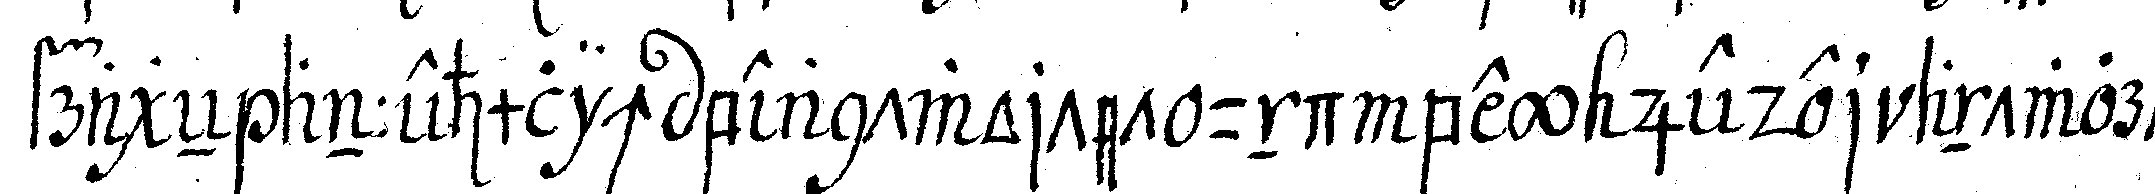
frageN annehmlich beantwortet und bey jeder antwort